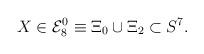
LaTeX: \begin{align*}X \in {\cal E}_{8}^{0} \equiv \Xi_{0} \cup \Xi_{2} \subset S^{7}.\end{align*}